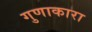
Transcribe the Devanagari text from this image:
गुणाकारा